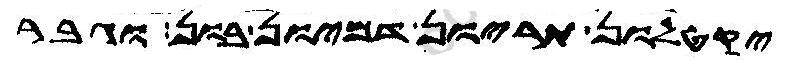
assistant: יקטלון תריון דמיון בון וגבר